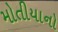
મોતીયાનો